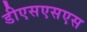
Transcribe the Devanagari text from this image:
डीएसएसएस